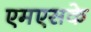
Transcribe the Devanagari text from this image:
एमएसके